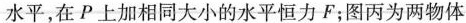
水平，在P上加相同大小的水平恒力F；图丙为两物体